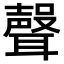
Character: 𮋻